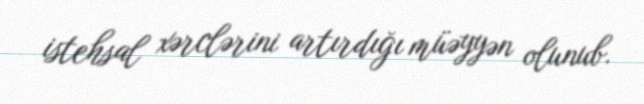
istehsal xərclərini artırdığı müəyyən olunub.